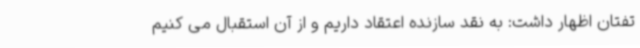
تفتان اظهار داشت: به نقد سازنده اعتقاد داریم و از آن استقبال می کنیم